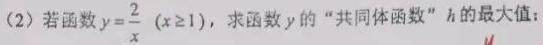
(2) 若函数$y = \frac{2}{x}\ (x\geq1)$，求函数$y$的“共同体函数”$h$的最大值；